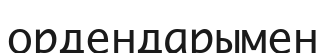
ордендарымен